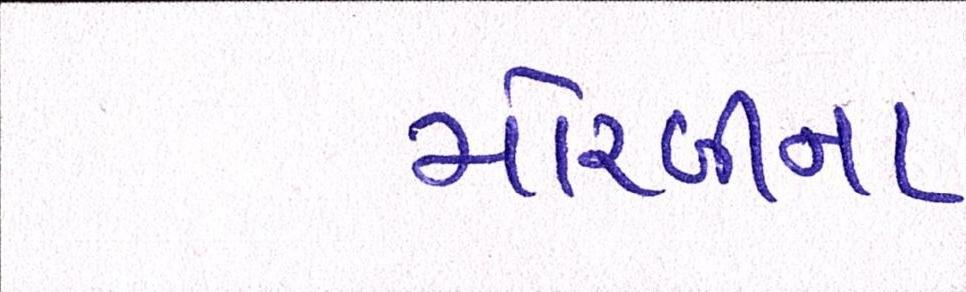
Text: મોરબીના